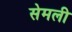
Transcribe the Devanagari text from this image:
सेमली